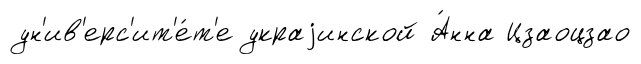
ун'ив'ерс'ит'е́т'е украjинской А́нна Цзаоцзао